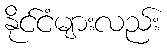
နိုင်ငံများလည်း